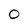
Character: O